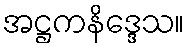
အဋ္ဌကနိဒ္ဒေသ။